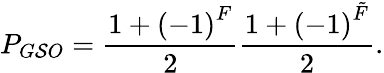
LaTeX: P_{G\mathcal{S}O}=\frac{{1+\left(-1\right)^{F}}}{{2}}\frac{{1+\left(-1\right)^{\tilde{{F}}}}}{{2}}.